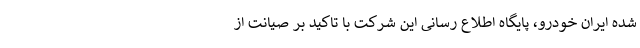
شده ایران خودرو، پایگاه اطلاع رسانی این شرکت با تاکید بر صیانت از